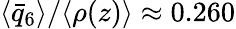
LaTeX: \langle\bar{q}_{6}\rangle/\langle\rho(z)\rangle\approx 0.260